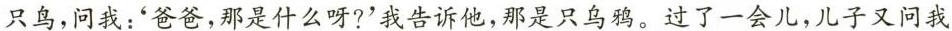
只鸟，问我：‘爸爸，那是什么呀?'我告诉他，那是只乌鸦。过了一会儿，儿子又问我